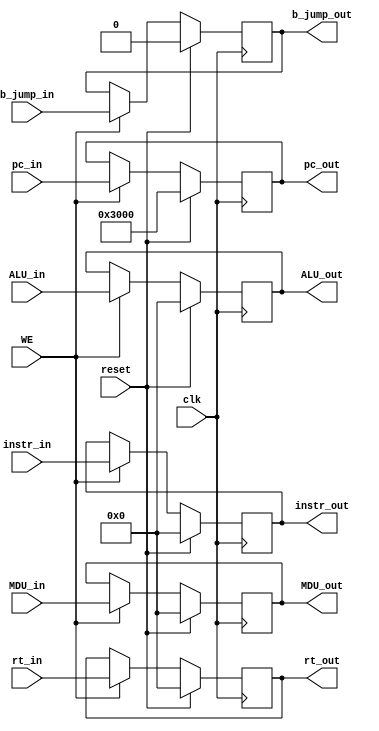
`timescale 1ns / 1ps

module MREG(
	input clk,
	input reset,
	input WE,
	input [31:0] instr_in,
	input [31:0] pc_in,
	input [31:0] ALU_in,
	input [31:0] rt_in,
	input [31:0] MDU_in,
	input b_jump_in,
	
	output reg b_jump_out,
	output reg [31:0] instr_out,
	output reg [31:0] pc_out,
	output reg [31:0] ALU_out,
	output reg [31:0] rt_out,
	output reg [31:0] MDU_out
    );
	 
	initial begin
		instr_out <= 0;
		pc_out <= 32'h0000_3000;
		ALU_out <= 0;
		rt_out <= 0;
		MDU_out <= 0;
		b_jump_out <= 0;
	end
	
	always@(posedge clk) begin
		if(reset) begin
			instr_out <= 0;
			pc_out <= 32'h0000_3000;
			ALU_out <= 0;
			rt_out <= 0;
			MDU_out <= 0;
			b_jump_out <= 0;
		end
		else if(WE) begin
			instr_out <= instr_in;
			pc_out <= pc_in;
			ALU_out <= ALU_in;
			rt_out <= rt_in; 
			MDU_out <= MDU_in;
			b_jump_out <= b_jump_in;
		end
	end
endmodule